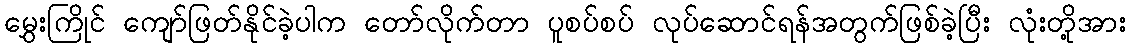
မွှေးကြိုင် ကျော်ဖြတ်နိုင်ခဲ့ပါက တော်လိုက်တာ ပူစပ်စပ် လုပ်ဆောင်ရန်အတွက်ဖြစ်ခဲ့ပြီး လုံးတို့အား